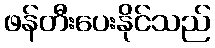
ဖန်တီးပေးနိုင်သည်